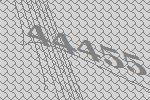
44455